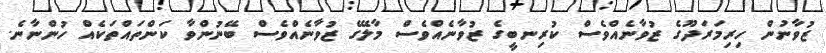
ޒުވާނުން ހިރިމަރަދޫގެ ޒުވާނެއްވެސް ކުރިނބީގެ ޒުވާނެއްވެސް މާލޭގެ ޒުވާނެއްވެސް ބޭނުންވާ ކަންތައްތަކެއް ހުންނާނެ.